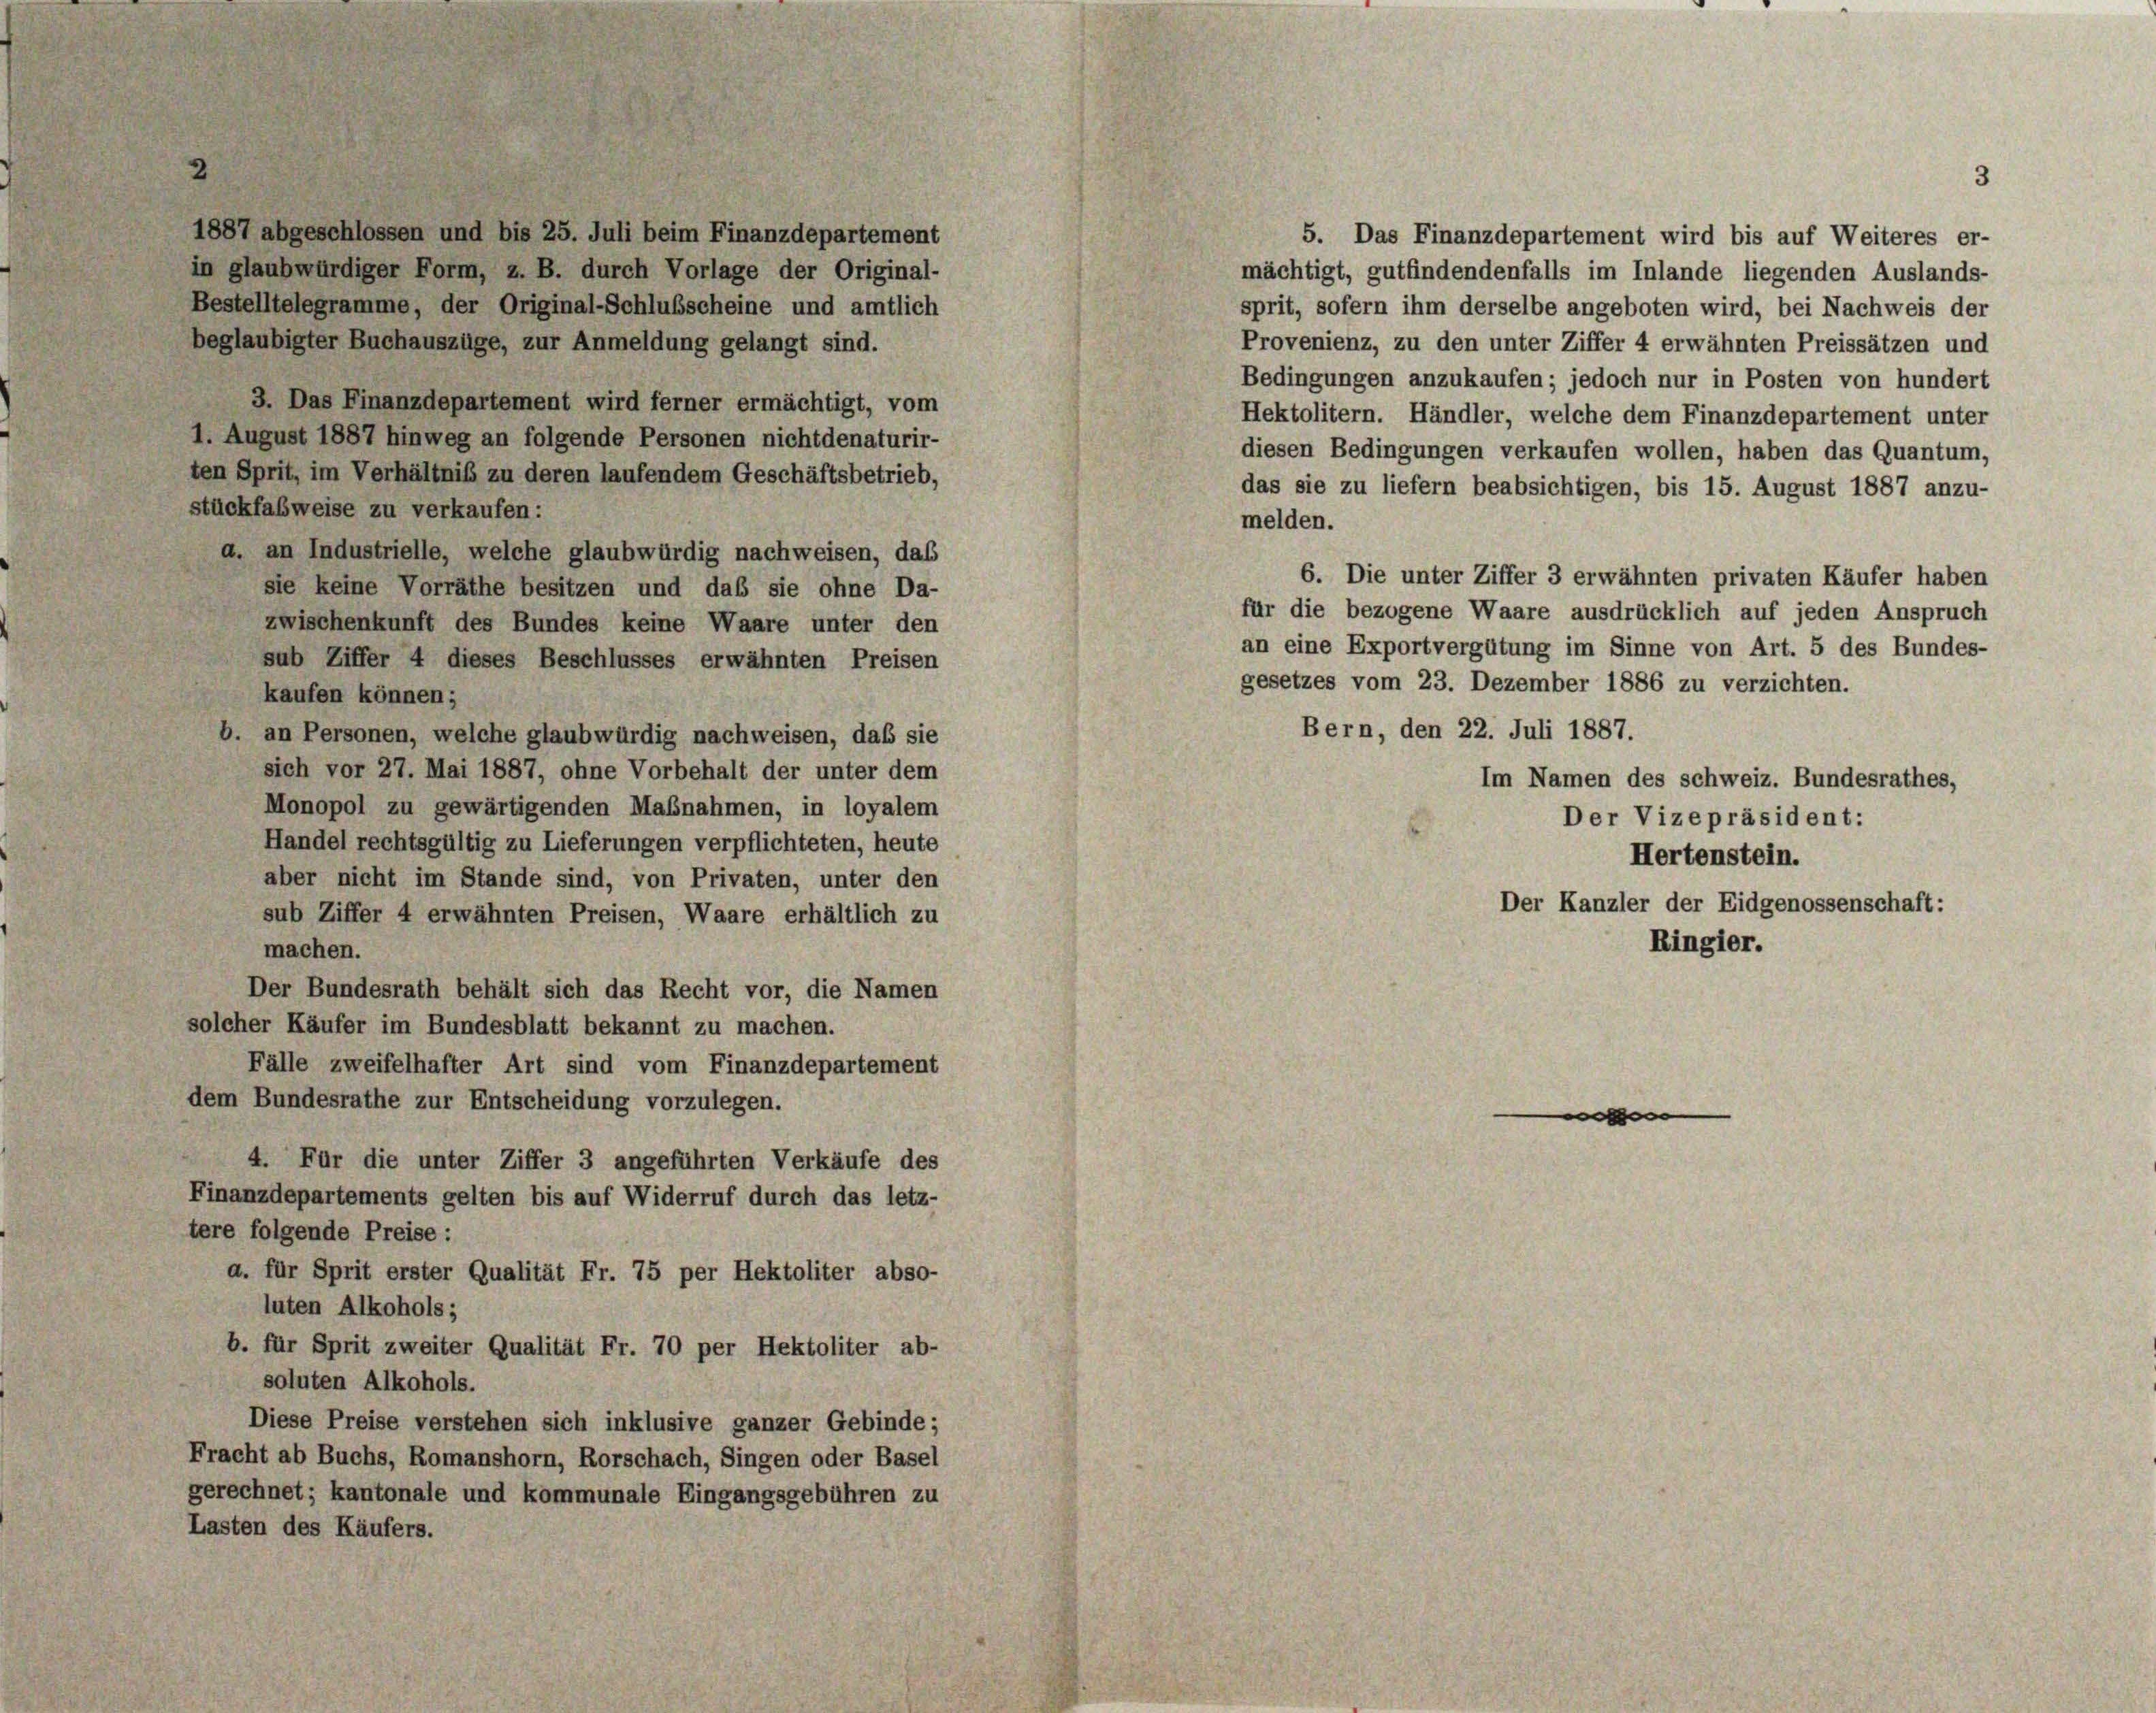
5. Das Finanzdepartement wird bis auf Weiteres er-
in glaubwürdiger Form, z. B. durch Vorlage der Original-
mächtigt, gutfindendenfalls im Inlande liegenden Auslands-
Bestelltelegramme, der Original-Schlußscheine und amtlich
sprit, sofern ihm derselbe angeboten wird, bei Nachweis der
beglaubigter Buchauszüge, zur Anmeldung gelangt sind.
Provenienz, zu den unter Ziffer 4 erwähnten Preissätzen und
Bedingungen anzukaufen; jedoch nur in Posten von hundert
3. Das Finanzdepartement wird ferner ermächtigt, vom
Hektolitern. Händler, welche dem Finanzdepartement unter
1. August 1887 hinweg an folgende Personen nichtdenaturir-
diesen Bedingungen verkaufen wollen, haben das Quantum,
ten Sprit, im Verhältniß zu deren laufendem Geschäftsbetrieb,
das sie zu liefern beabsichtigen, bis 15. August 1887 anzu-
stückfabweise zu verkaufen:
melden.
a. an Industrielle, welche glaubwürdig nachweisen, das
6. Die unter Ziffer 3 erwähnten privaten Käufer haben
sie keine Vorräthe besitzen und daß sie ohne Da-
für die bezogene Waare ausdrücklich auf jeden Anspruch
zwischenkunft des Bundes keine Waare unter den
an eine Exportvergütung im Sinne von Art. 5 des Bundes-
sub Ziffer 4 dieses Beschlusses erwähnten Preisen
gesetzes vom 23. Dezember 1886 zu verzichten.
kaufen können;
Bern, den 22. Juli 1887.
b. an Personen, welche glaubwürdig nachweisen, daß sie
sich vor 27. Mai 1887, ohne Vorbehalt der unter dem
Im Namen des schweiz. Bundesrathes,
Monopol zu gewärtigenden Maßnahmen, in loyalem
Der Vizepräsident:
Handel rechtsgültig zu Lieferungen verpflichteten, heute
Hertenstein.
aber nicht im Stande sind, von Privaten, unter den
Der Kanzler der Eidgenossenschaft:
sub Ziffer 4 erwähnten Preisen, Waare erhältlich zu
Ringier.
machen.
Der Bundesrath behält sich das Recht vor, die Namen
solcher Käufer im Bundesblatt bekannt zu machen.
Fälle zweifelhafter Art sind vom Finanzdepartement
dem Bundesrathe zur Entscheidung vorzulegen.

4. Für die unter Ziffer 3 angeführten Verkäufe des
Finanzdepartements gelten bis auf Widerruf durch das letz-
tere folgende Preise:
a. für Sprit erster Qualität Fr. 75 per Hektoliter abso-
luten Alkohols;
b. für Sprit zweiter Qualität Fr. 70 per Hektoliter ab-
soluten Alkohols.
Diese Preise verstehen sich inklusive ganzer Gebinde;
Fracht ab Buchs, Romanshorn, Rorschach, Singen oder Basel
gerechnet; kantonale und kommunale Eingangsgebühren zu
Lasten des Käufers.

1887 abgeschlossen und bis 25. Juli beim Finanzdepartement

3